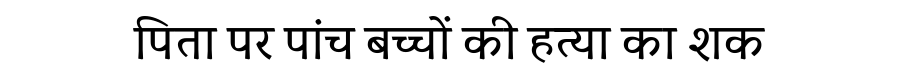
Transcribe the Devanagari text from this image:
पिता पर पांच बच्चों की हत्या का शक